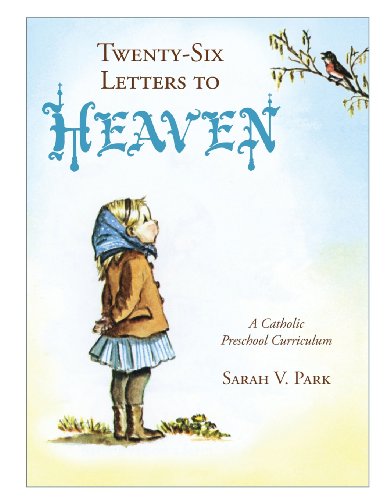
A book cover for Twenty-Six Letters to Heaven: A Catholic Preschool Curriculum; Sarah V. Park; Christian Books & Bibles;